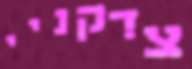
צדקניי